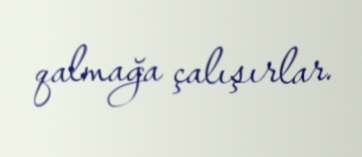
qalmağa çalışırlar.